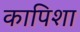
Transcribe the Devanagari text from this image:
कापिशा